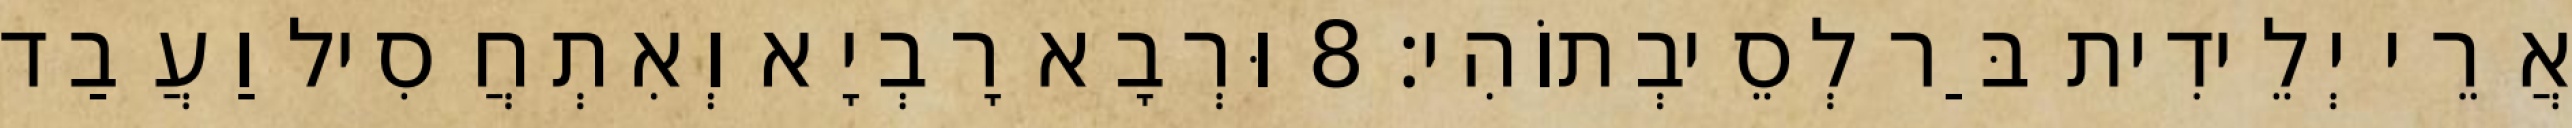
אֲרֵי יְלֵידִית בַּר לְסֵיבְתוֹהִי׃ 8 וּרְבָא רָבְיָא וְאִתְחֲסִיל וַעֲבַד